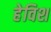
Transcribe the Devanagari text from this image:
हेविश